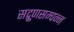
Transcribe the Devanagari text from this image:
सद्गुणसम्पन्न